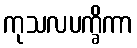
ကုသလပက္ခိကာ